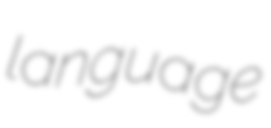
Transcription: language